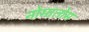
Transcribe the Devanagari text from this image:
नोमातोम